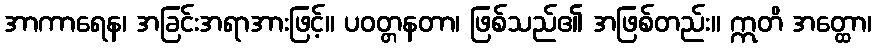
အာကာရေန၊ အခြင်းအရာအားဖြင့်။ ပဝတ္တနတာ၊ ဖြစ်သည်၏ အဖြစ်တည်း။ ဣတိ အတ္ထော၊